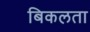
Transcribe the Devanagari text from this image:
बिकलता